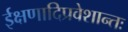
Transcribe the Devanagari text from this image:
ईक्षणादिप्रवेशान्तः